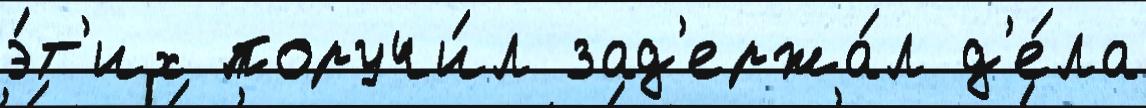
э́т'их поручи́л зад'ержа́л д'е́ла